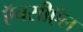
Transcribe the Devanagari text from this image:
ऍचसीऍल